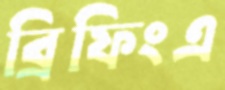
ব্রিফিংএ